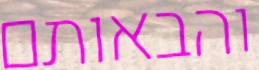
והבאותם